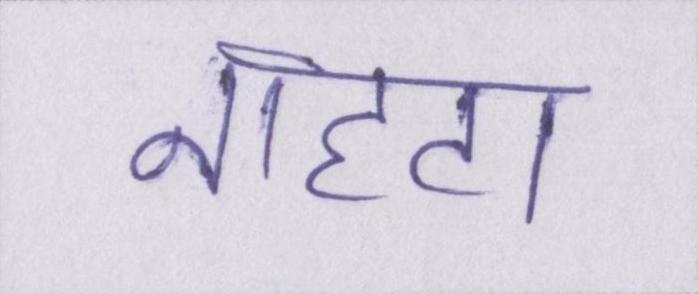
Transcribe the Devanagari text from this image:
नाहटा